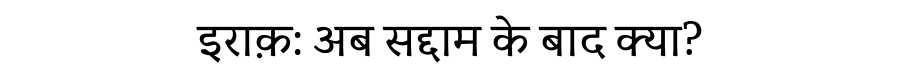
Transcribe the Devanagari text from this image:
इराक़: अब सद्दाम के बाद क्या?